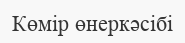
Көмір өнеркәсібі